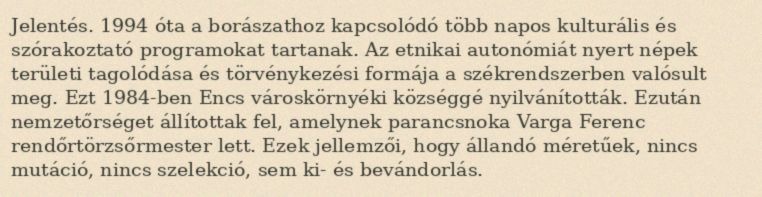
Jelentés. 1994 óta a borászathoz kapcsolódó több napos kulturális és szórakoztató programokat tartanak. Az etnikai autonómiát nyert népek területi tagolódása és törvénykezési formája a székrendszerben valósult meg. Ezt 1984-ben Encs városkörnyéki községgé nyilvánították. Ezután nemzetőrséget állítottak fel, amelynek parancsnoka Varga Ferenc rendőrtörzsőrmester lett. Ezek jellemzői, hogy állandó méretűek, nincs mutáció, nincs szelekció, sem ki- és bevándorlás.